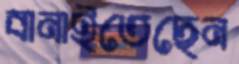
বানাইতেছেন